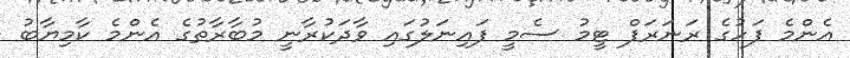
އެންމެ ފަހުގެ ރަނަރަފް ޓީމު ސެމީ ފައިނަލުގައި ވާދަކުރާނީ މުބާރާތުގެ އެންމެ ކާމިޔާބު